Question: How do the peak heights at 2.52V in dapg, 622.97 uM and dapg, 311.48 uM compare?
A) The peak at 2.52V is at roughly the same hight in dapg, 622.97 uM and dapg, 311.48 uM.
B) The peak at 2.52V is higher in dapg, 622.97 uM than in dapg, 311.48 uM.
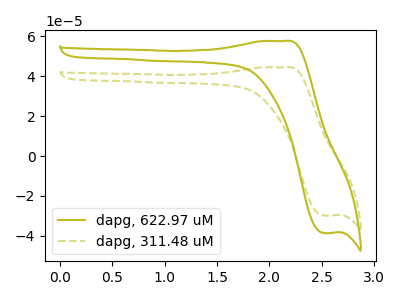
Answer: <think>The olive curve "dapg, 622.97 uM" has an anodic peak at (2.15V, 57.75uA) and a cathodic peak at (2.50V, -38.65uA). The olive dashed curve "dapg, 311.48 uM" has an anodic peak at (2.15V, 44.55uA) and a cathodic peak at (2.50V, -29.80uA).</think>
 <answer>B) The peak at 2.52V is higher in "dapg, 622.97 uM" than in "dapg, 311.48 uM".</answer>
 <eval>B</eval>